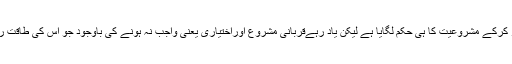
شیخ ابن بازرحمہ اللہ نے ترمذی کی اس روایت کو ذکر کرکے مشروعیت کا ہی حکم لگایا ہے لیکن یاد رہےقربانی مشروع اوراختیاری یعنی واجب نہ ہونے کی باوجود جو اس کی طاقت رکھے اور قربانی نہ کرے اس کے لئے بڑی وعید ہے ۔